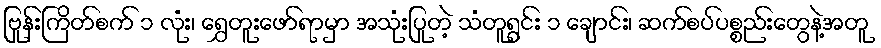
ဗြုန်းကြိတ်စက် ၁ လုံး၊ ရွှေတူးဖော်ရာမှာ အသုံးပြုတဲ့ သံတူရွင်း ၁ ချောင်း၊ ဆက်စပ်ပစ္စည်းတွေနဲ့အတူ